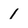
Character: 1